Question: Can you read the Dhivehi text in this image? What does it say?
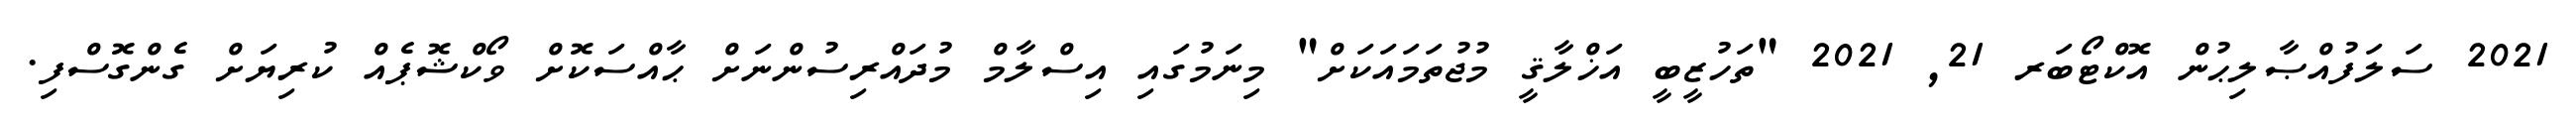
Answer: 2021 ސަލަފުއްޞާލިޙުން އޮކްޓޯބަރ 21, 2021 "ތަހުޒީބީ އަޚްލާޤީ މުޖުތަމައަކަށް" މިނަމުގައި އިސްލާމް މުދައްރިސުންނަށް ޙާއްސަކޮށް ވޯކްޝޮޕެއް ކުރިޔަށް ގެންގޮސްފި.